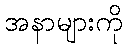
အနာများကို